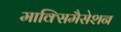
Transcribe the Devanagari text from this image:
माक्सिमैसेशन